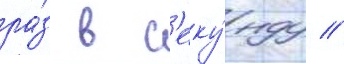
ра́з в с'еку́нду //